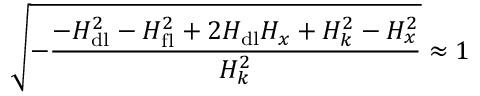
\sqrt { - \frac { - H _ { \mathrm { d l } } ^ { 2 } - H _ { \mathrm { f l } } ^ { 2 } + 2 H _ { \mathrm { d l } } H _ { x } + H _ { k } ^ { 2 } - H _ { x } ^ { 2 } } { H _ { k } ^ { 2 } } } \approx 1